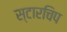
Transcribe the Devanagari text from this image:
स्टारचिप